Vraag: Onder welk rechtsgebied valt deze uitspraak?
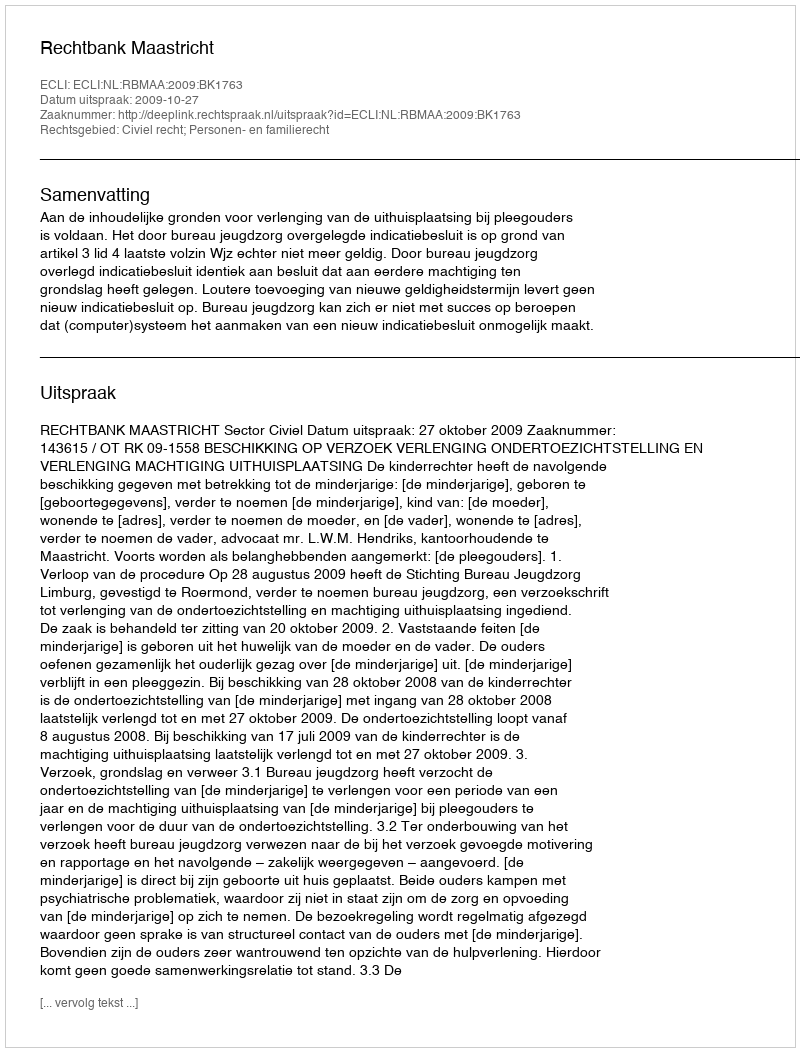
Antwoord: Civiel recht; Personen- en familierecht